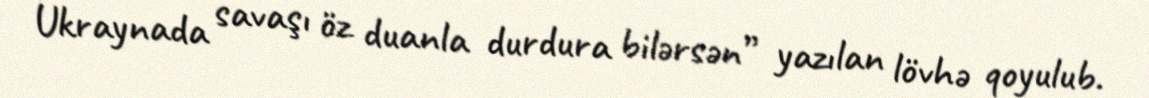
Ukraynada savaşı öz duanla durdura bilərsən” yazılan lövhə qoyulub.